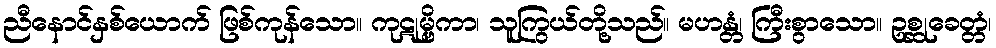
ညီနောင်နှစ်ယောက် ဖြစ်ကုန်သော။ ကုဋုမ္ဗိကာ၊ သူကြွယ်တို့သည်။ မဟန္တံ၊ ကြီးစွာသော။ ဥစ္ဆုခေတ္တံ၊